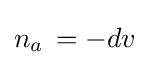
n_{a}\,=-dv